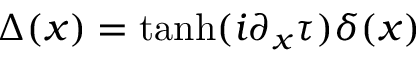
\Delta ( x ) = \operatorname { t a n h } ( i \partial _ { x } \tau ) \delta ( x )